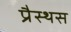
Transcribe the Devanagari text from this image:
प्रैस्थस